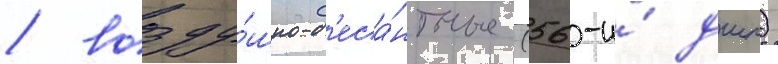
/ возду́шно-д'еса́нтные (56-и́ дшп)